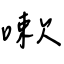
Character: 嗽